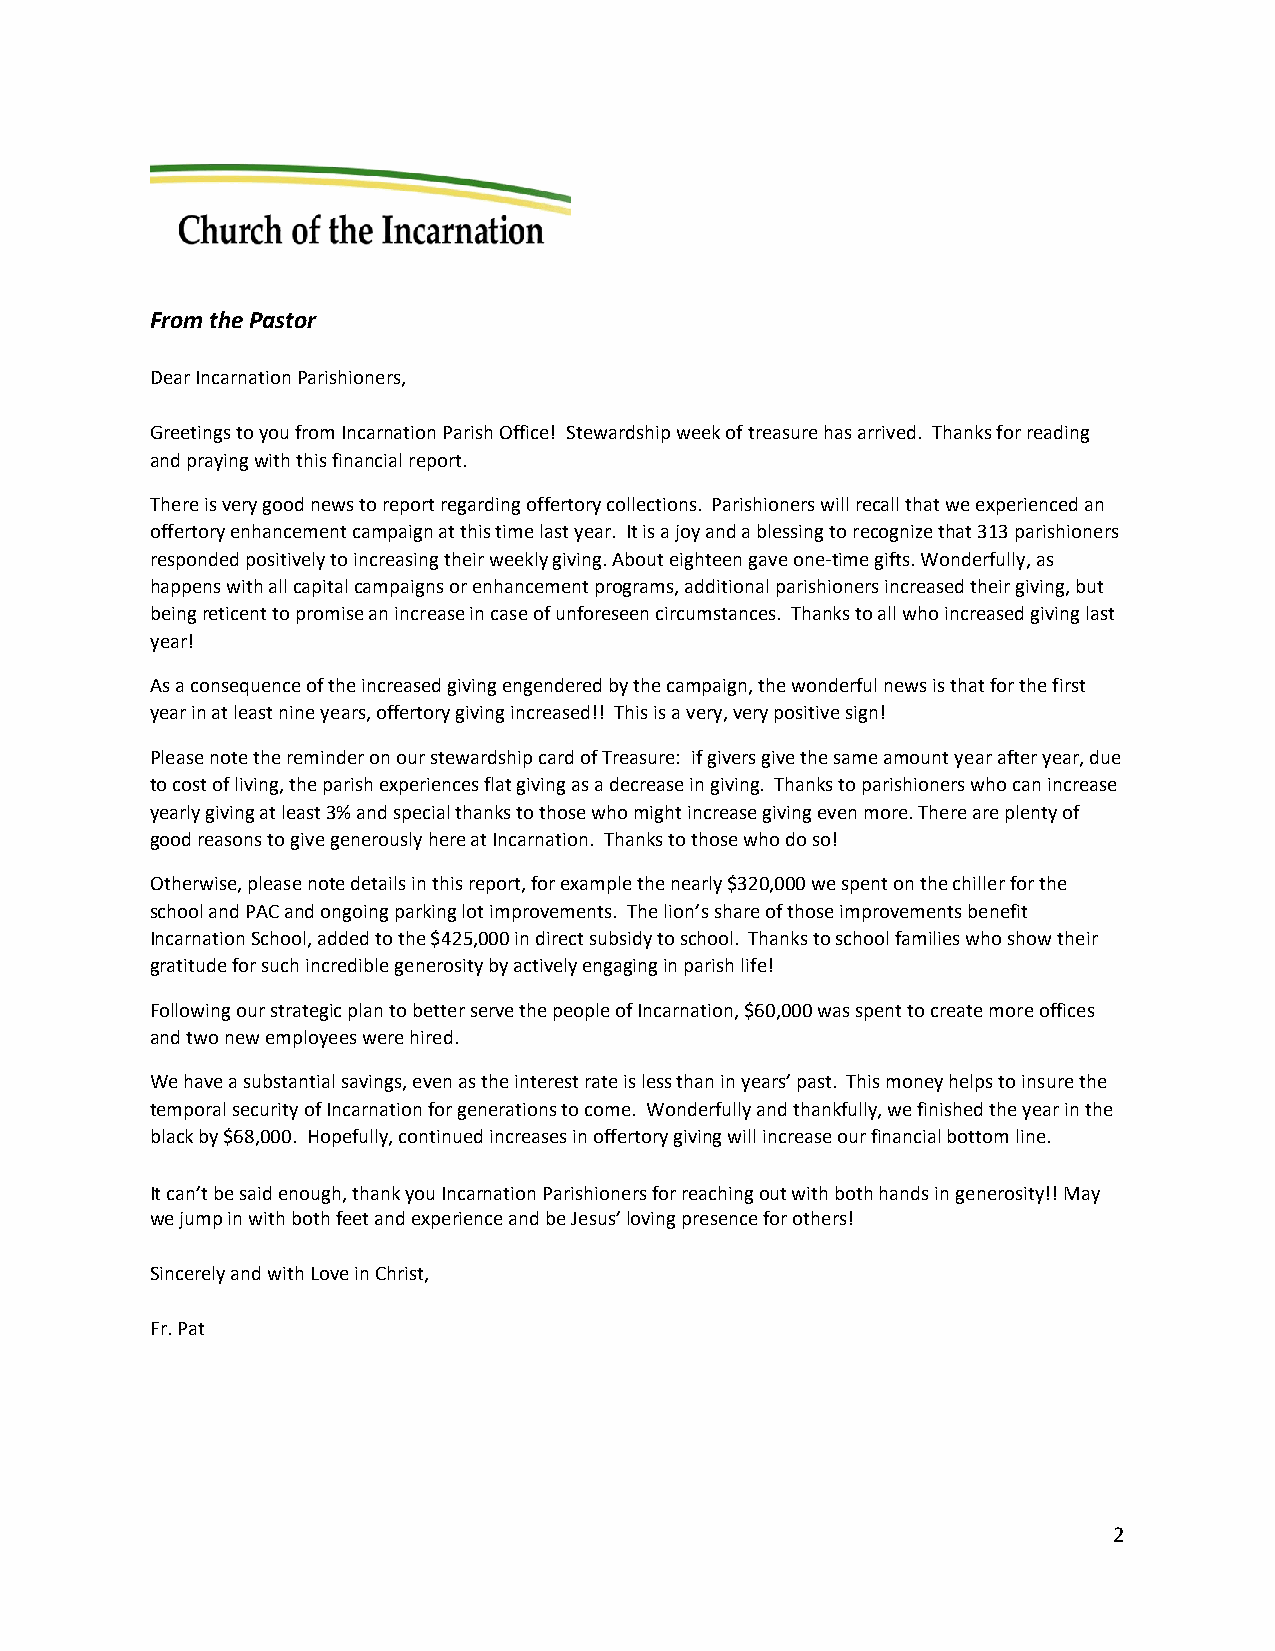
From the Pastor
 Dear Incarnation Parishioners,
 Greetings to you from Incarnation Parish Office! Stewardship week of treasure has arrived. Thanks for reading
 and praying with this financial report.
 There is very good news to report regarding offertory collections. Parishioners will recall that we experienced an
 offertory enhancement campaign at this time last year. It is a joy and a blessing to recognize that 313 parishioners
 responded positively to increasing their weekly giving. About eighteen gave one-time gifts. Wonderfully, as
 happens with all capital campaigns or enhancement programs, additional parishioners increased their giving, but
 being reticent to promise an increase in case of unforeseen circumstances. Thanks to all who increased giving last
 year!
 As a consequence of the increased giving engendered by the campaign, the wonderful news is that for the first
 year in at least nine years, offertory giving increased!! This is a very, very positive sign!
 Please note the reminder on our stewardship card of Treasure: if givers give the same amount year after year, due
 to cost of living, the parish experiences flat giving as a decrease in giving. Thanks to parishioners who can increase
 yearly giving at least 3% and special thanks to those who might increase giving even more. There are plenty of
 good reasons to give generously here at Incarnation. Thanks to those who do so!
 Otherwise, please note details in this report, for example the nearly $320,000 we spent on the chiller for the
 school and PAC and ongoing parking lot improvements. The lion’s share of those improvements benefit
 Incarnation School, added to the $425,000 in direct subsidy to school. Thanks to school families who show their
 gratitude for such incredible generosity by actively engaging in parish life!
 Following our strategic plan to better serve the people of Incarnation, $60,000 was spent to create more offices
 and two new employees were hired.
 We have a substantial savings, even as the interest rate is less than in years’ past. This money helps to insure the
 temporal security of Incarnation for generations to come. Wonderfully and thankfully, we finished the year in the
 black by $68,000. Hopefully, continued increases in offertory giving will increase our financial bottom line.
 It can’t be said enough, thank you Incarnation Parishioners for reaching out with both hands in generosity!! May
 we jump in with both feet and experience and be Jesus’ loving presence for others!
 Sincerely and with Love in Christ,
 Fr. Pat
 2